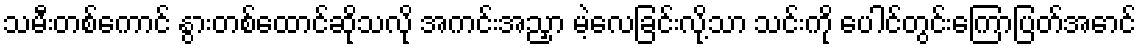
သမီးတစ်ကောင် နွားတစ်ထောင်ဆိုသလို အကင်းအညှာ မဲ့လေခြင်းလို့သာ သင်းကို ပေါင်တွင်းကြောပြတ်အောင်